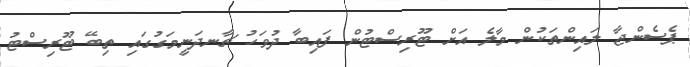
ޕެސެންޖާ ލައިންތަކުން މާލެ އަށް ޓޫރިސްޓުން ފައިބާ ދުވަހު ޗާނދަނީމަގުގައި ތިބޭ ޓޫރިސްޓު